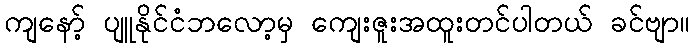
ကျနော့် ပျူနိုင်ငံဘလော့မှ ကျေးဇူးအထူးတင်ပါတယ် ခင်ဗျာ။